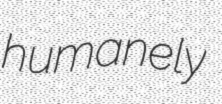
humanely